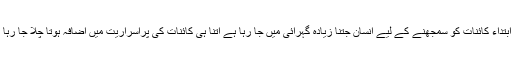
سو ابتداء کائنات کو سمجھنے کے لیے انسان جتنا زیادہ گہرائی میں جا رہا ہے اتنا ہی کائنات کی پراسراریت میں اضافہ ہوتا چلا جا رہا ہے۔